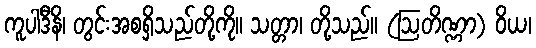
ကူပါဒီနိ၊ တွင်းအစရှိသည်တို့ကို။ သတ္တာ၊ တို့သည်။ (ဩတိဏ္ဏာ) ဝိယ၊